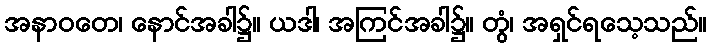
အနာဝတေ၊ နောင်အခါ၌။ ယဒါ၊ အကြင်အခါ၌။ တွံ၊ အရှင်ရသေ့သည်။